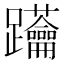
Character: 𨈅